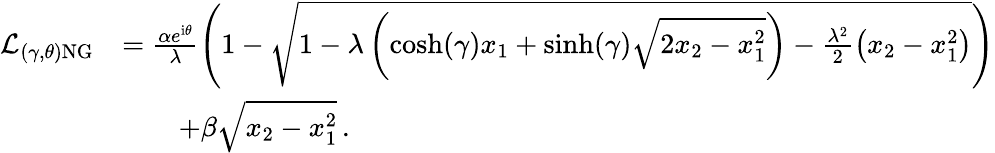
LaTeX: \begin{array}{rl}{\mathcal{L}_{(\gamma,\theta)\mathrm{NG}}}&{=\frac{\alpha e^{\mathrm{i}\theta}}{\lambda}\left(1-\sqrt{1-\lambda\left(\cosh(\gamma)x_{1}+\sinh(\gamma)\sqrt{2x_{2}-x_{1}^{2}}\right)-\frac{\lambda^{2}}{2}\left(x_{2}-x_{1}^{2}\right)}\right)}\\ &{\qquad+\beta\sqrt{x_{2}-x_{1}^{2}}\, .}\end{array}